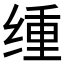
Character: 𫟆